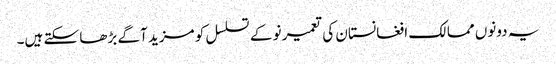
یہ دونوں ممالک افغانستان کی تعمیر نو کے تسلسل کو مزید آگے بڑھا سکتے ہیں۔